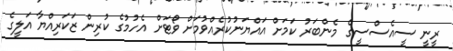
ރީނީ ސީއެސްސީގެ މެންބަރު ކަމަށް އައްޔަނުކުރެއްވުމަށް ވޯޓަށް އެހުމުގެ ކުރިން ޒަކަރިއްޔާ އަލީގެ